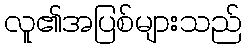
လူ၏အပြစ်များသည်